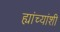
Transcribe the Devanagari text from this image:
ह्यांच्यांशी